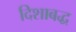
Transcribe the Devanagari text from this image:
दिशाबद्ध